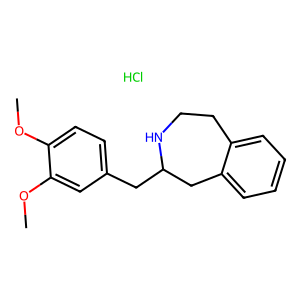
SMILES: COc1ccc(CC2Cc3ccccc3CCN2)cc1OC.Cl
Inhibits HIV replication: No